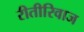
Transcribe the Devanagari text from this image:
रीतीरिवाज